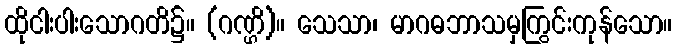
ထိုငါးပါးသောဂတိ၌။ (ဂဏ္ဌိ)။ သေသာ၊ မာဂဓဘာသမှကြွင်းကုန်သော။